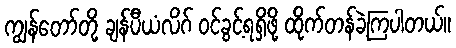
ကျွန်တော်တို့ ချန်ပီယံလိဂ် ဝင်ခွင့်ရရှိဖို့ ထိုက်တန်ခဲ့ကြပါတယ်။